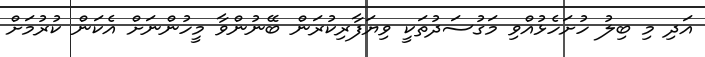
އަދި މި ބިލު ހުށަހެޅުއްވި މަގުސަދުތަކީ ވިޔަފާރިކުރަން ބޭނުންވާ މީހުންނަށް އެކަން ކުރުމަށް